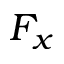
F _ { x }